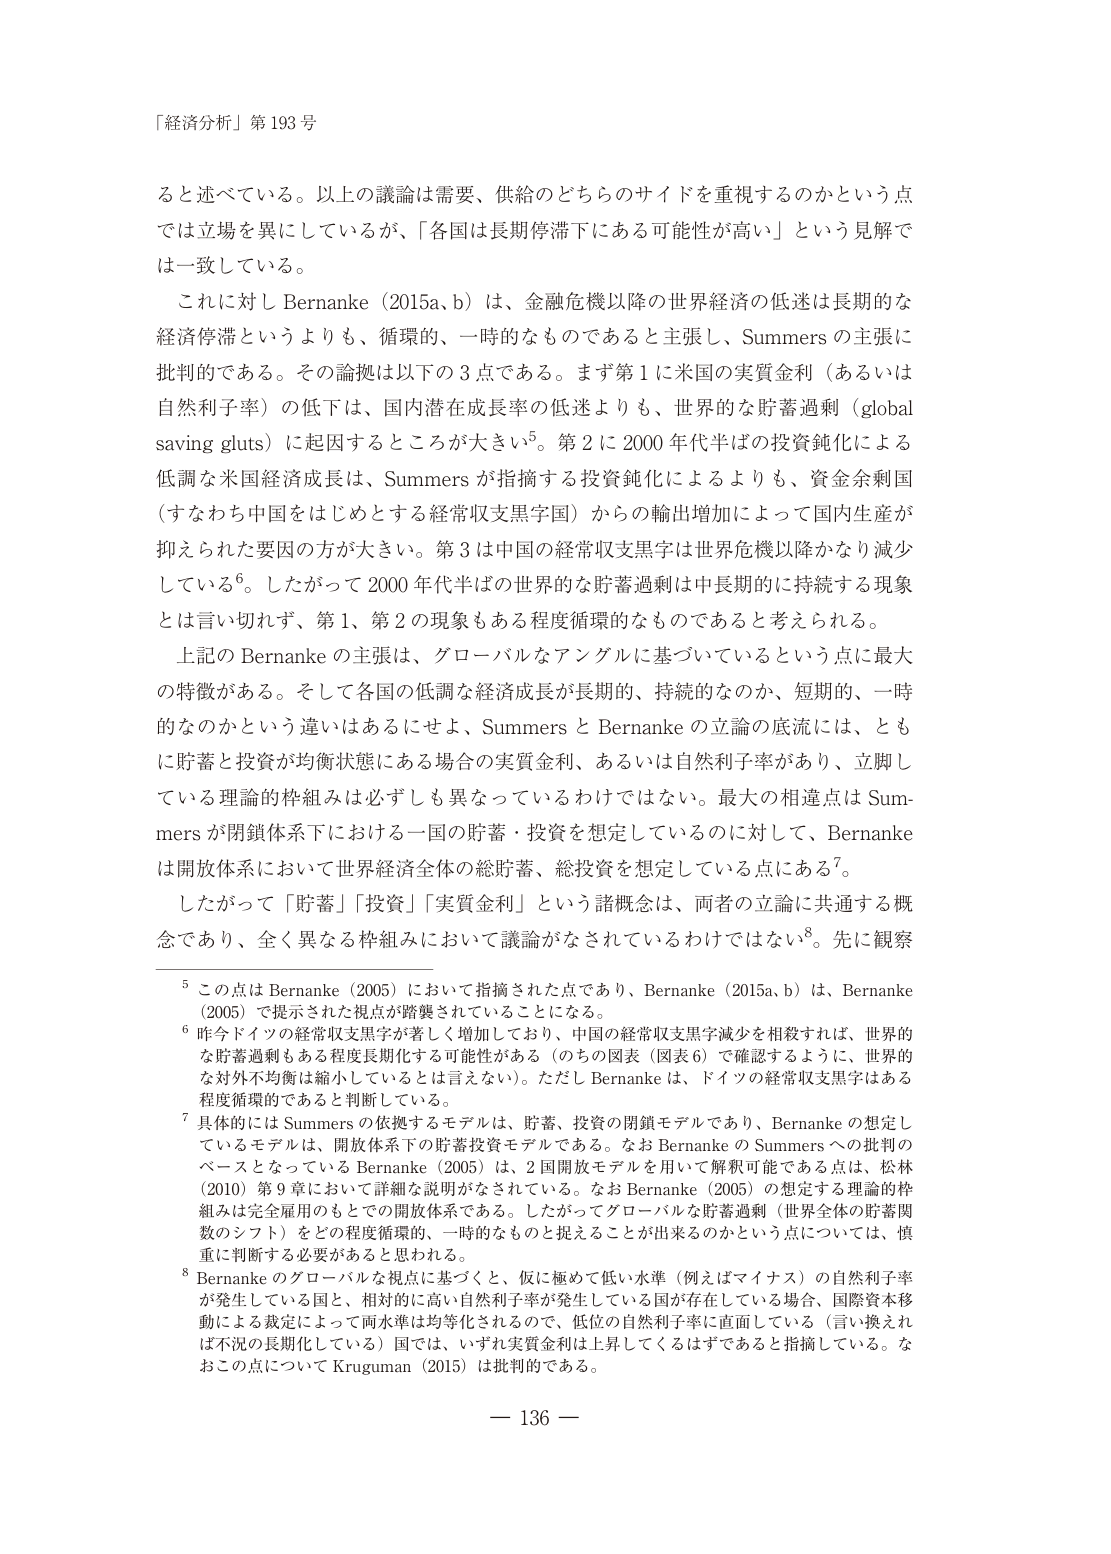
「経済分析」第193号

ると述べている。以上の議論は需要、供給のどちらのサイドを重視するのかという点では立場を異にしているが、「各国は長期停滞下にある可能性が高い」という見解では一致している。

これに対し Bernanke（2015a, b）は、金融危機以降の世界経済の低迷は長期的な経済停滞というよりも、循環的、一時的なものであると主張し、Summers の主張に批判的である。その論拠は以下の3点である。まず第1に米国の実質金利（あるいは自然利子率）の低下は、国内潜在成長率の低迷よりも、世界的な貯蓄過剰（global saving gluts）に起因するところが大きい⁵。第2に2000年代半ばの投資鈍化による低調な米国経済成長は、Summers が指摘する投資鈍化によるよりも、資金余剰国（すなわち中国をはじめとする経常収支黒字国）からの輸出増加によって国内生産が抑えられた要因の方が大きい。第3は中国の経常収支黒字は世界危機以降かなり減少している⁶。したがって2000年代半ばの世界的な貯蓄過剰は中長期的に持続する現象とは言い切れず、第1、第2の現象もある程度循環的なものであると考えられる。

上記の Bernanke の主張は、グローバルなアングルに基づいているという点に最大の特徴がある。そして各国の低調な経済成長が長期的、持続的なのか、短期的、一時的なのかという違いはあるにせよ、Summers と Bernanke の立論の底流には、ともに貯蓄と投資が均衡状態にある場合の実質金利、あるいは自然利子率があり、立脚している理論的枠組みは必ずしも異なっているわけではない。最大の相違点は Summers が閉鎖体系下における一国の貯蓄・投資を想定しているのに対して、Bernanke は開放体系において世界経済全体の総貯蓄、総投資を想定している点にある⁷。

したがって「貯蓄」「投資」「実質金利」という諸概念は、両者の立論に共通する概念であり、全く異なる枠組みにおいて議論がなされているわけではない⁸。先に観察

⁵ この点は Bernanke（2005）において指摘された点であり、Bernanke（2015a, b）は、Bernanke（2005）で提示された視点が踏襲されていることになる。

⁶ 昨今ドイツの経常収支黒字が著しく増加しており、中国の経常収支黒字減少を相殺すれば、世界的な貯蓄過剰もある程度長期化する可能性がある（のちの図表（図表6）で確認するように、世界的な対外不均衡は縮小しているとは言えない）。ただし Bernanke は、ドイツの経常収支黒字はある程度循環的であると判断している。

⁷ 具体的には Summers の依拠するモデルは、貯蓄、投資の閉鎖モデルであり、Bernanke の想定しているモデルは、開放体系下の貯蓄投資モデルである。なお Bernanke の Summers への批判のベースとなっている Bernanke（2005）は、2国開放モデルを用いて解釈可能である点は、松林（2010）第9章において詳細な説明がなされている。なお Bernanke（2005）の想定する理論的枠組みは完全雇用のもとでの開放体系である。したがってグローバルな貯蓄過剰（世界全体の貯蓄関数のシフト）をどの程度循環的、一時的なものと捉えることが出来るのかという点については、慎重に判断する必要があると思われる。

⁸ Bernanke のグローバルな視点に基づくと、仮に極めて低い水準（例えばマイナス）の自然利子率が発生している国と、相対的に高い自然利子率が発生している国が存在している場合、国際資本移動による裁定によって両水準は均等化されるので、低位の自然利子率に直面している（言い換えれば不況の長期化している）国では、いずれ実質金利は上昇してくるはずであると指摘している。なおこの点について Krugman（2015）は批判的である。

— 136 —